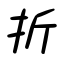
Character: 折